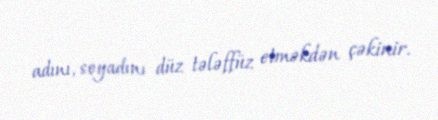
adını, soyadını düz tələffüz etməkdən çəkinir.